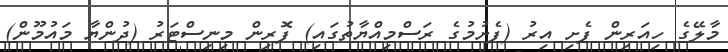
މާލޭގެ ހިއަރިން ފެށި އިރު (ފެށުމުގެ ރަސްމިއްޔާތުގައި) ފޮރިން މިނިސްޓަރު (ދުންޔާ މައުމޫން)